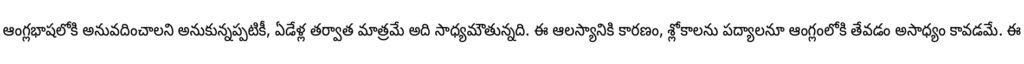
ఆంగ్లభాషలోకి అనువదించాలని అనుకున్నప్పటికీ, ఏడేళ్ల తర్వాత మాత్రమే అది సాధ్యమౌతున్నది. ఈ ఆలస్యానికి కారణం, శ్లోకాలను పద్యాలనూ ఆంగ్లంలోకి తేవడం అసాధ్యం కావడమే. ఈ